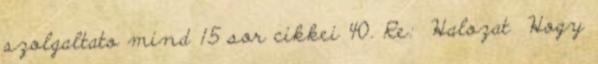
szolgaltato mind 15 sor cikkei 40. Re: Halozat Hogy